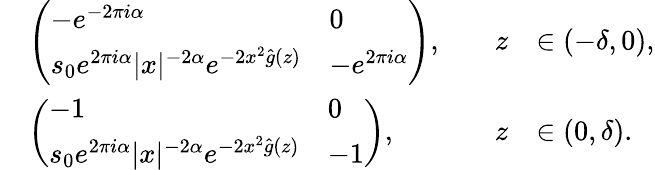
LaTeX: \begin{array}{rlrl}&{\left(\begin{array}{ll}{-e^{-2\pi i\alpha}}&{0}\\ {s_{0}e^{2\pi i\alpha}|x|^{-2\alpha}e^{-2x^{2}\widehat{g}(z)}}&{-e^{2\pi i\alpha}}\end{array}\right),\quad}&{z}&{\in(-\delta,0),}\\ &{\left(\begin{array}{ll}{-1}&{0}\\ {s_{0}e^{2\pi i\alpha}|x|^{-2\alpha}e^{-2x^{2}\widehat{g}(z)}}&{-1}\end{array}\right),\quad}&{z}&{\in(0,\delta).}\end{array}